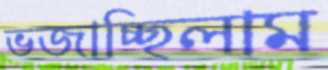
ভজাচ্ছিলাম